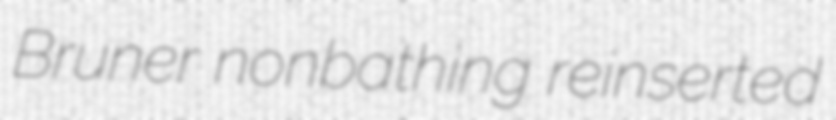
Bruner nonbathing reinserted